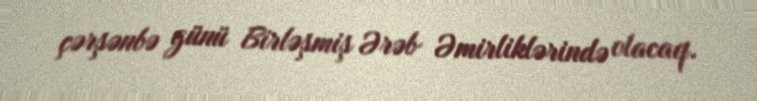
çərşənbə günü Birləşmiş Ərəb Əmirliklərində olacaq.